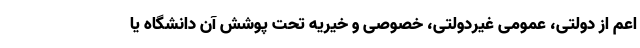
اعم از دولتی، عمومی غیردولتی، خصوصی و خیریه تحت پوشش آن دانشگاه یا